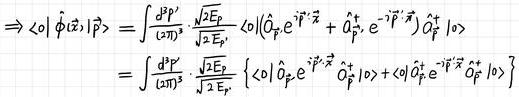
\[
\begin{align*}
\Rightarrow\langle 0|\hat{\phi}(\vec{x})|\beta\rangle&=\int\frac{d^3p'}{(2\pi)^3}\frac{\sqrt{2E_{\vec{p}'}}}{\sqrt{2E_{\vec{p}}}}\langle 0|(\hat{a}_{\vec{p}'}e^{i\vec{p}'\cdot\vec{x}}+\hat{a}_{\vec{p}'}^{\dagger}e^{-i\vec{p}'\cdot\vec{x}})\hat{a}_{\vec{p}}^{\dagger}|0\rangle\\
&=\int\frac{d^3p'}{(2\pi)^3}\frac{\sqrt{2E_{\vec{p}'}}}{\sqrt{2E_{\vec{p}}}}\left\{\langle 0|\hat{a}_{\vec{p}'}e^{i\vec{p}'\cdot\vec{x}}\hat{a}_{\vec{p}}^{\dagger}|0\rangle+\langle 0|\hat{a}_{\vec{p}'}^{\dagger}e^{-i\vec{p}'\cdot\vec{x}}\hat{a}_{\vec{p}}^{\dagger}|0\rangle\right\}
\end{align*}
\]